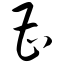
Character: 曹